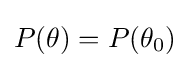
P(\theta )=P(\theta _{0})